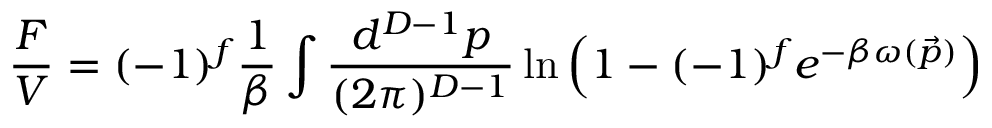
\frac { F } { V } = ( - 1 ) ^ { f } \frac { 1 } { \beta } \int \frac { d ^ { D - 1 } p } { ( 2 \pi ) ^ { D - 1 } } \ln \left( 1 - ( - 1 ) ^ { f } e ^ { - \beta \omega ( \vec { p } ) } \right)